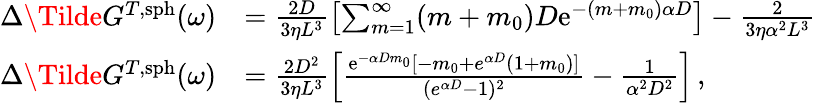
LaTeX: \begin{array}{rl}{\Delta\Tilde{G}^{T,\mathrm{sph}}(\omega)}&{=\frac{2D}{3\eta L^{3}}\left[\sum_{m=1}^{\infty}(m+m_{0})D\mathrm{e}^{-(m+m_{0})\alpha D}\right]-\frac{2}{3\eta\alpha^{2}L^{3}}}\\ {\Delta\Tilde{G}^{T,\mathrm{sph}}(\omega)}&{=\frac{2D^{2}}{3\eta L^{3}}\left[\frac{\mathrm{e}^{-\alpha Dm_{0}}[-m_{0}+e^{\alpha D}(1+m_{0})]}{({e}^{\alpha D}-1)^{2}}-\frac{1}{\alpha^{2}D^{2}}\right]\, ,}\end{array}